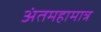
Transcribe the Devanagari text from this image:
अंतमहामात्र